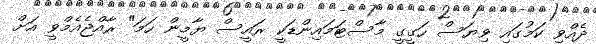
ދެއްވި ކަމުގައި ވިޔަސް ހަގީގީ މާސްޓަމައިންޑަކީ ރައީސް ޔާމީން ހަމަ" ރާއްޖެއެމްވީ އަށް